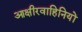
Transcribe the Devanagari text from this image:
आक्षीरवाहिनियों